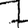
Digit: 7